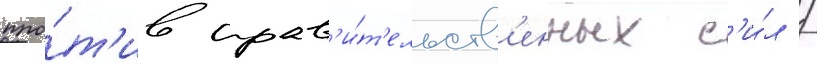
про́т'ив прав'и́т'ельств'енных с'и́л /